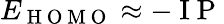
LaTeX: E_{\mathrm{~H~O~M~O~}}\approx-\mathrm{~I~P~}